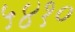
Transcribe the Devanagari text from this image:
५४१०